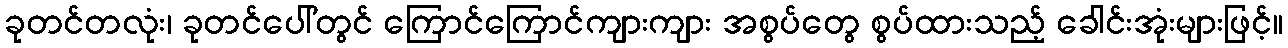
ခုတင်တလုံး၊ ခုတင်ပေါ်တွင် ကြောင်ကြောင်ကျားကျား အစွပ်တွေ စွပ်ထားသည့် ခေါင်းအုံးများဖြင့်။